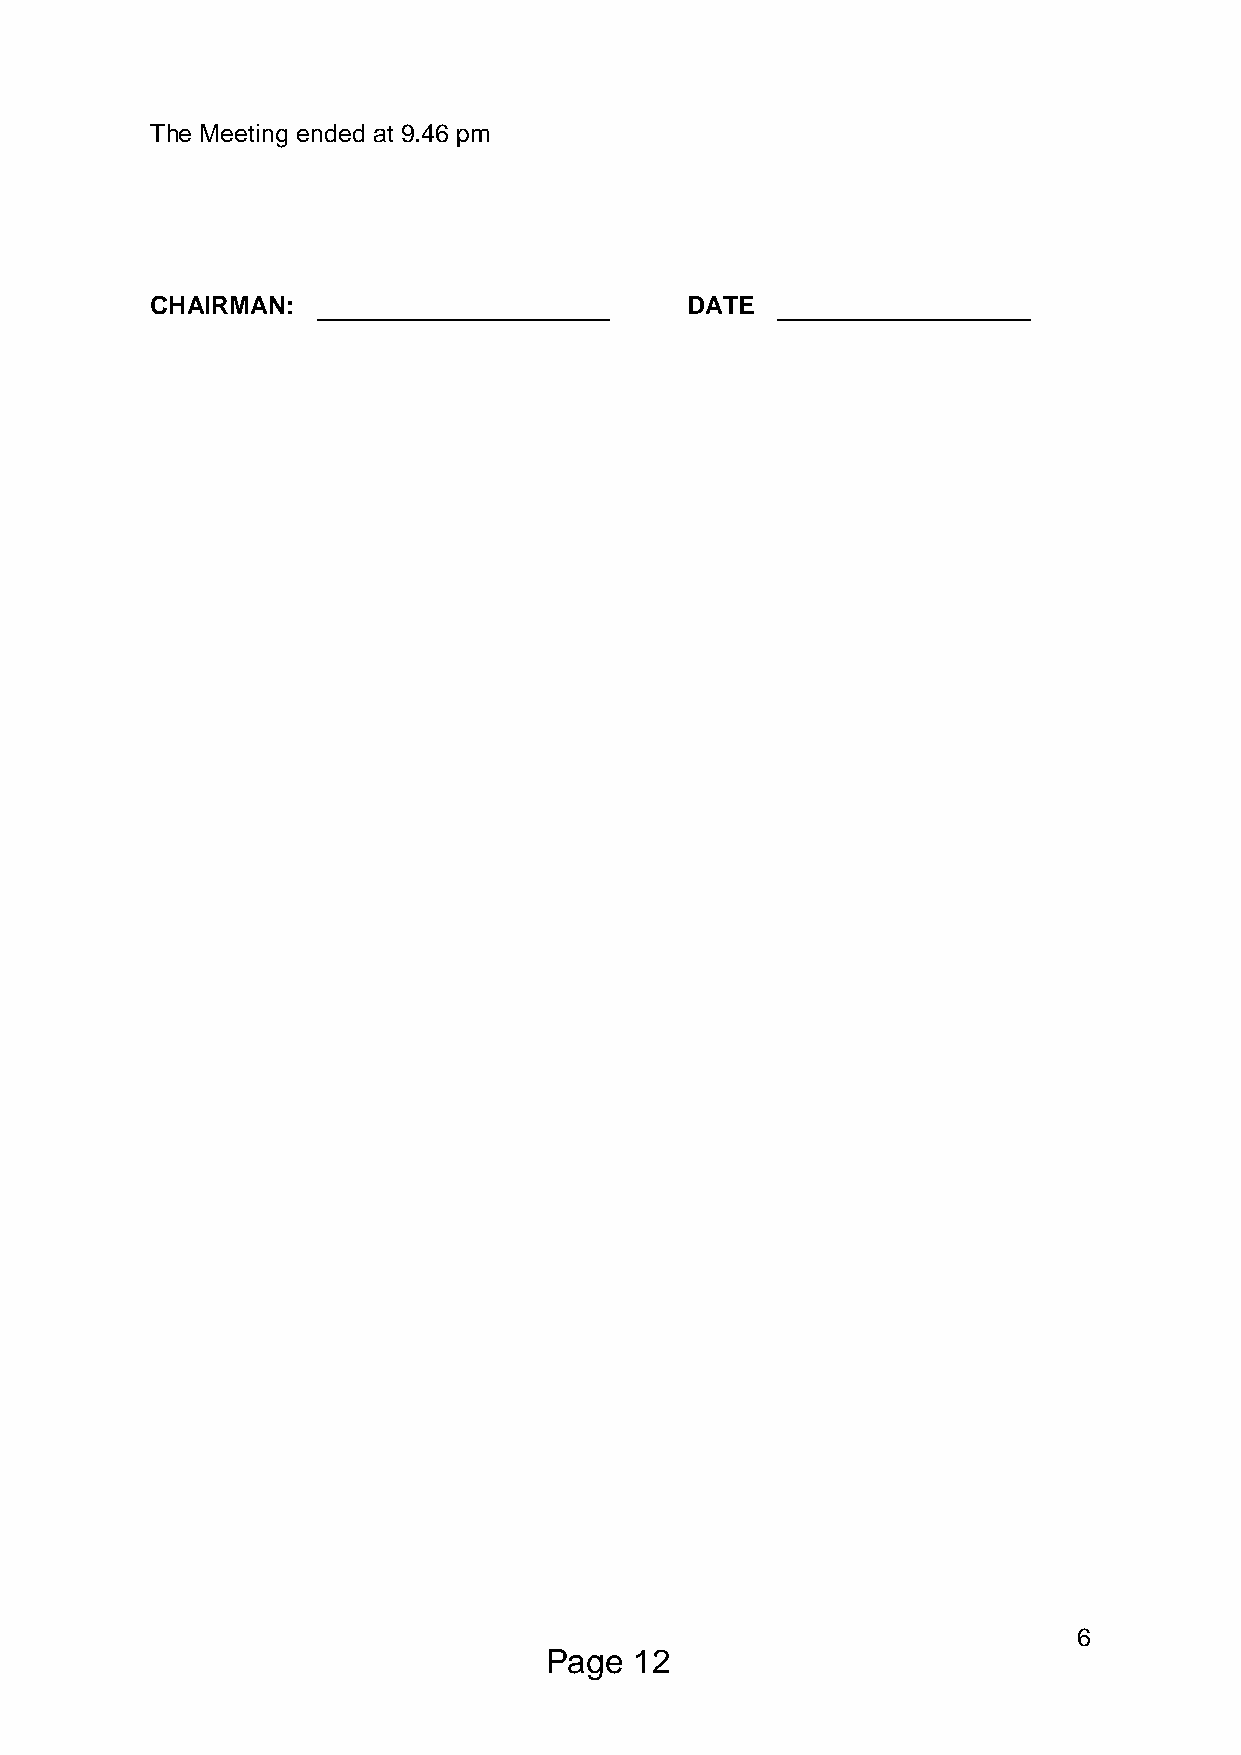
The Meeting ended at 9.46 pm
 CHAIRMAN:                          DATE
 6
 Page  12